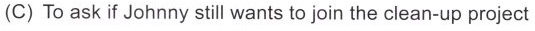
(C) To ask if Johnny still wants to join the clean-up project